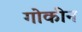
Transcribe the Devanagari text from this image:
गोकीन